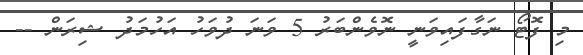
މި ފޮޓޯ ނަގާފައިވަނީ ނޮވެންބަރު 5 ވަނަ ދުވަހު އަހުމަދު ޝިރަން --